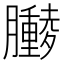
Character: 𫇁